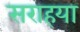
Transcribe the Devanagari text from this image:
सराहया